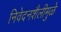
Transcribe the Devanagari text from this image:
निवेदनशैलीमुळे